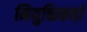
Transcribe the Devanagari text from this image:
नियुक्तिकर्ता